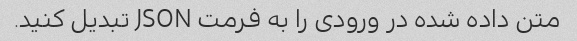
متن داده شده در ورودی را به فرمت JSON تبدیل کنید.